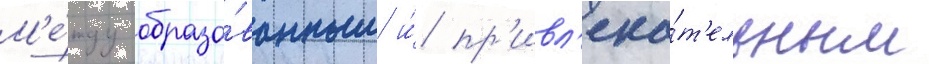
М'е́жду образо́ванным и́ пр'ивл'ека́т'ельным